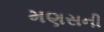
મણસની